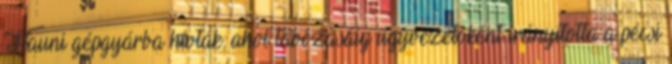
Hauni gépgyárba hívták, ahol távozásáig ügyvezetôként irányította a pécsi